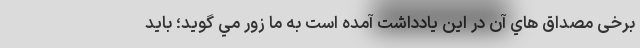
برخی مصداق هاي آن در اين يادداشت آمده است به ما زور مي گويد؛ باید